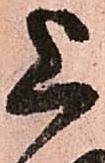
上